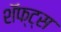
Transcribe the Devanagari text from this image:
शॅफ्ट्स